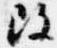
改